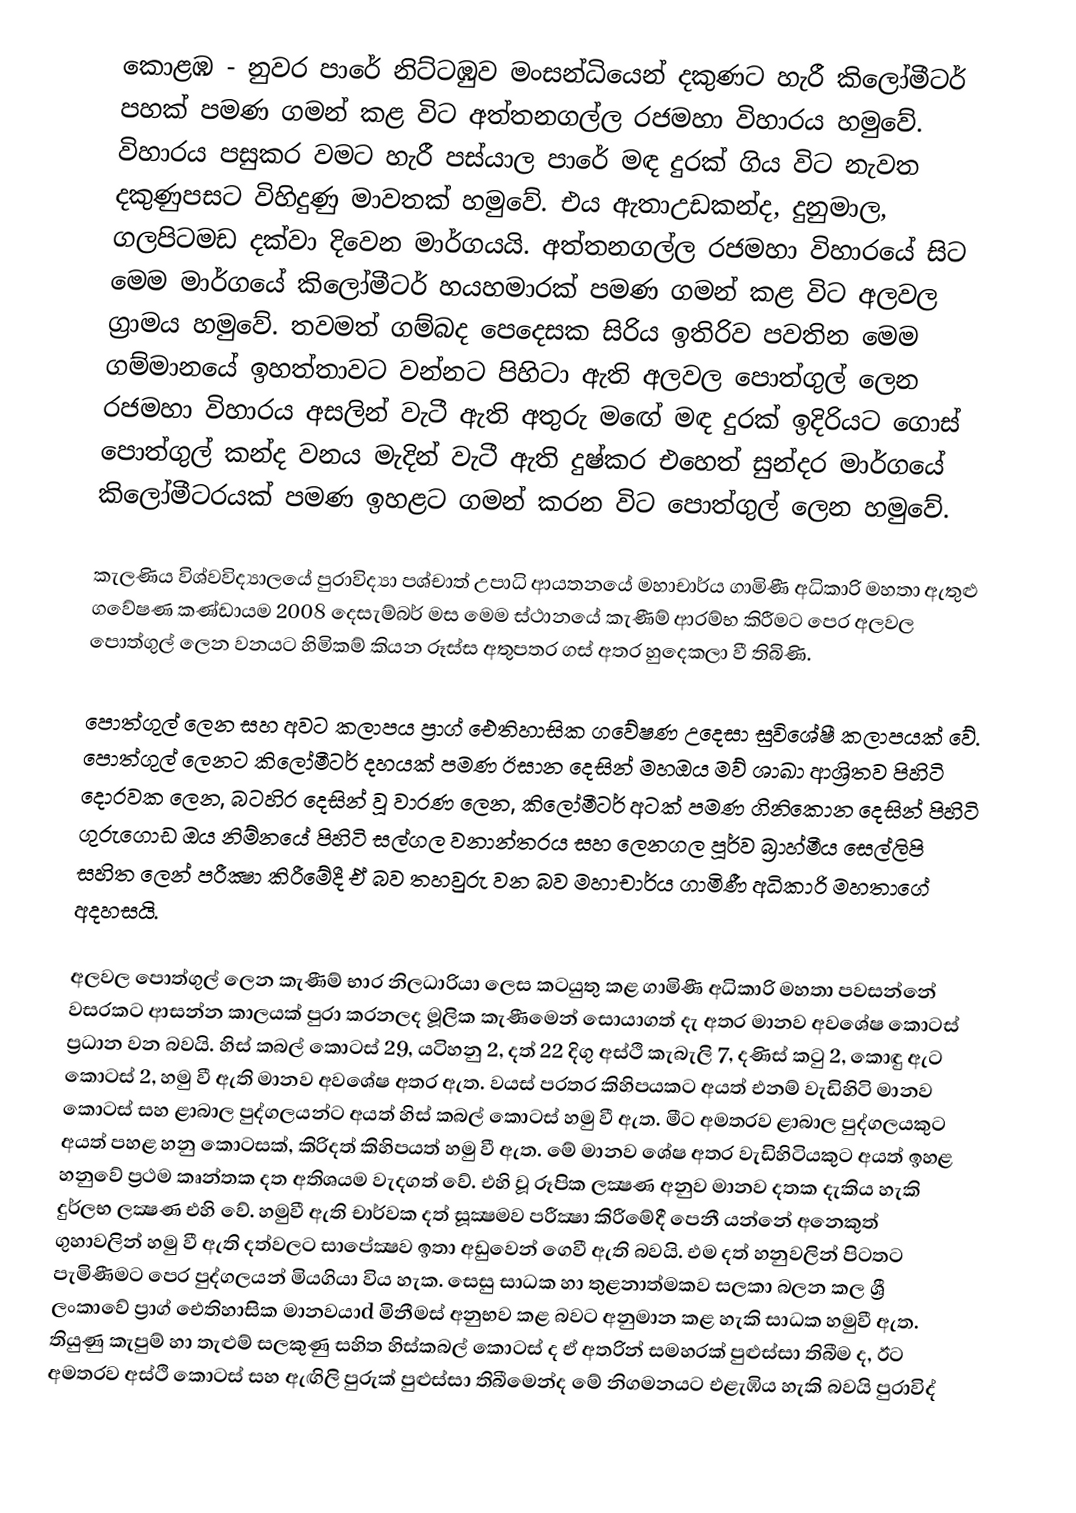
කොළඹ - නුවර පාරේ නිට්‌ටඹුව මංසන්ධියෙන් දකුණට හැරී කිලෝමීටර් පහක්‌ පමණ ගමන් කළ විට අත්තනගල්ල රජමහා විහාරය හමුවේ. විහාරය පසුකර වමට හැරී පස්‌යාල පාරේ මඳ දුරක්‌ ගිය විට නැවත දකුණුපසට විහිදුණු මාවතක්‌ හමුවේ. එය ඇතාඋඩකන්ද, දුනුමාල, ගලපිටමඩ දක්‌වා දිවෙන මාර්ගයයි. අත්තනගල්ල රජමහා විහාරයේ සිට මෙම මාර්ගයේ කිලෝමීටර් හයහමාරක්‌ පමණ ගමන් කළ විට අලවල ග්‍රාමය හමුවේ. තවමත් ගම්බද පෙදෙසක සිරිය ඉතිරිව පවතින මෙම ගම්මානයේ ඉහත්තාවට වන්නට පිහිටා ඇති අලවල පොත්ගුල් ලෙන රජමහා විහාරය අසලින් වැටී ඇති අතුරු මඟේ මඳ දුරක්‌ ඉදිරියට ගොස්‌ පොත්ගුල් කන්ද වනය මැදින් වැටී ඇති දුෂ්කර එහෙත් සුන්දර මාර්ගයේ කිලෝමීටරයක්‌ පමණ ඉහළට ගමන් කරන විට පොත්ගුල් ලෙන හමුවේ.

කැලණිය විශ්වවිද්‍යාලයේ පුරාවිද්‍යා පශ්චාත් උපාධි ආයතනයේ මහාචාර්ය ගාමිණී අධිකාරි මහතා ඇතුළු ගවේෂණ කණ්‌ඩායම 2008 දෙසැම්බර් මස මෙම ස්‌ථානයේ කැණීම් ආරම්භ කිරීමට පෙර අලවල පොත්ගුල් ලෙන වනයට හිමිකම් කියන රූස්‌ස අතුපතර ගස්‌ අතර හුදෙකලා වී තිබිණි.

පොත්ගුල් ලෙන සහ අවට කලාපය ප්‍රාග් ඓතිහාසික ගවේෂණ උදෙසා සුවිශේෂී කලාපයක්‌ වේ. පොත්ගුල් ලෙනට කිලෝමීටර් දහයක්‌ පමණ ඊසාන දෙසින් මහඔය මව් ශාඛා ආශ්‍රිතව පිහිටි දොරවක ලෙන, බටහිර දෙසින් වූ වාරණ ලෙන, කිලෝමීටර් අටක්‌ පමණ ගිනිකොන දෙසින් පිහිටි ගුරුගොඩ ඔය නිම්නයේ පිහිටි සල්ගල වනාන්තරය සහ ලෙනගල පූර්ව බ්‍රාහ්මීය සෙල්ලිපි සහිත ලෙන් පරීක්‍ෂා කිරීමේදී ඒ බව තහවුරු වන බව මහාචාර්ය ගාමිණී අධිකාරි මහතාගේ අදහසයි.

අලවල පොත්ගුල් ලෙන කැණීම් භාර නිලධාරියා ලෙස කටයුතු කළ ගාමිණී අධිකාරි මහතා පවසන්නේ වසරකට ආසන්න කාලයක්‌ පුරා කරනලද මූලික කැණීමෙන් සොයාගත් දැ අතර මානව අවශේෂ කොටස්‌ ප්‍රධාන වන බවයි. හිස්‌ කබල් කොටස්‌ 29, යටිහනු 2, දත් 22 දිගු අස්‌ථි කැබැලි 7, දණිස්‌ කටු 2, කොඳු ඇට කොටස්‌ 2, හමු වී ඇති මානව අවශේෂ අතර ඇත. වයස්‌ පරතර කිහිපයකට අයත් එනම් වැඩිහිටි මානව කොටස්‌ සහ ළාබාල පුද්ගලයන්ට අයත් හිස්‌ කබල් කොටස්‌ හමු වී ඇත. මීට අමතරව ළාබාල පුද්ගලයකුට අයත් පහළ හනු කොටසක්‌, කිරිදත් කිහිපයත් හමු වී ඇත. මේ මානව ශේෂ අතර වැඩිහිටියකුට අයත් ඉහළ හනුවේ ප්‍රථම කෘන්තක දත අතිශයම වැදගත් වේ. එහි වූ රූපික ලක්‍ෂණ අනුව මානව දතක දැකිය හැකි දුර්ලභ ලක්‍ෂණ එහි වේ. හමුවී ඇති චාර්වක දත් සූක්‍ෂමව පරීක්‍ෂා කිරීමේදී පෙනී යන්නේ අනෙකුත් ගුහාවලින් හමු වී ඇති දත්වලට සාපේක්‍ෂව ඉතා අඩුවෙන් ගෙවී ඇති බවයි. එම දත් හනුවලින් පිටතට පැමිණීමට පෙර පුද්ගලයන් මියගියා විය හැක. සෙසු සාධක හා තුළනාත්මකව සලකා බලන කල ශ්‍රී ලංකාවේ ප්‍රාග් ඓතිහාසික මානවයාd මිනීමස්‌ අනුභව කළ බවට අනුමාන කළ හැකි සාධක හමුවී ඇත. තියුණු කැපුම් හා තැළුම් සලකුණු සහිත හිස්‌කබල් කොටස්‌ ද ඒ අතරින් සමහරක්‌ පුළුස්‌සා තිබීම ද, ඊට අමතරව අස්‌ථි කොටස්‌ සහ ඇඟිලි පුරුක්‌ පුළුස්‌සා තිබීමෙන්ද මේ නිගමනයට එළැඹිය හැකි බවයි පුරාවිද්‍